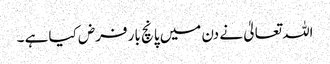
اللہ تعالیٰ نے دن میں پانچ بار فرض کیا ہے ۔